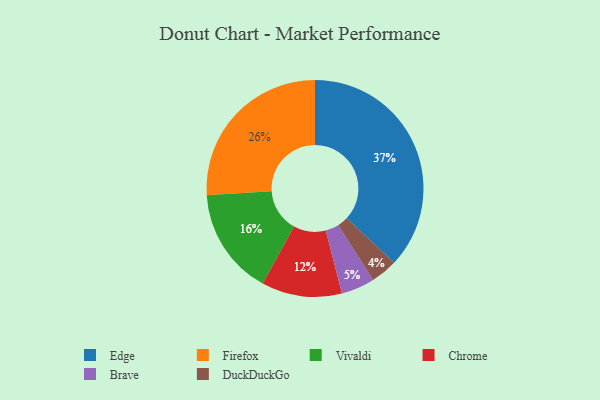
{"axis": {"x": "Category", "y": "Percentage"}, "legend": ["Brave", "Chrome", "DuckDuckGo", "Edge", "Firefox", "Vivaldi"], "data": [{"x": "Vivaldi", "y": 16, "type": "Vivaldi"}, {"x": "Brave", "y": 5, "type": "Brave"}, {"x": "Chrome", "y": 12, "type": "Chrome"}, {"x": "Firefox", "y": 26, "type": "Firefox"}, {"x": "DuckDuckGo", "y": 4, "type": "DuckDuckGo"}, {"x": "Edge", "y": 37, "type": "Edge"}]}